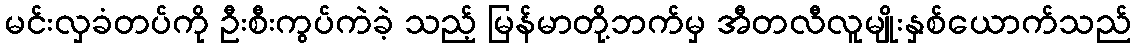
မင်းလှခံတပ်ကို ဦးစီးကွပ်ကဲခဲ့ သည့် မြန်မာတို့ဘက်မှ အီတလီလူမျိုးနှစ်ယောက်သည်